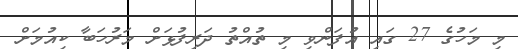
މި މަހުގެ 27 ގައި އުފަންވި މި ތުއްތު ދަރިފުޅަށް މަރުހަބާ ކިއުމަށް